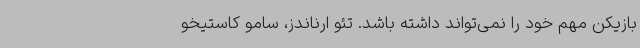
بازیکن مهم خود را نمی‌تواند داشته باشد. تئو ارناندز، سامو کاستیخو